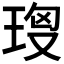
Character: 𤥘